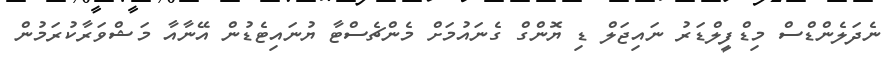
ނެދަލެންޑްސް މިޑްފީލްޑަރު ނައިޖަލް ޑި ޔޮންގް ގެނައުމަށް މެންޗެސްޓާ ޔުނައިޓެޑުން އޭނާއާ މަޝްވަރާކުރަމުން